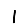
Digit: 1